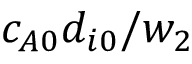
c _ { A 0 } d _ { i 0 } / w _ { 2 }